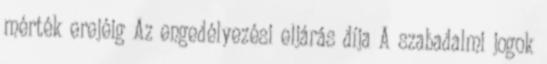
mérték erejéig Az engedélyezési eljárás díja A szabadalmi jogok